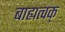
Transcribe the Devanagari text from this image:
बाह्यत्वक्